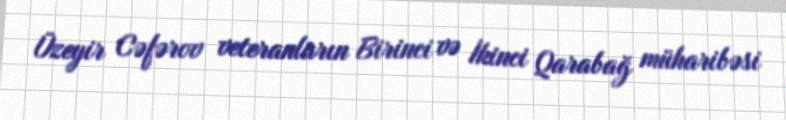
Üzeyir Cəfərov veteranların Birinci və İkinci Qarabağ müharibəsi